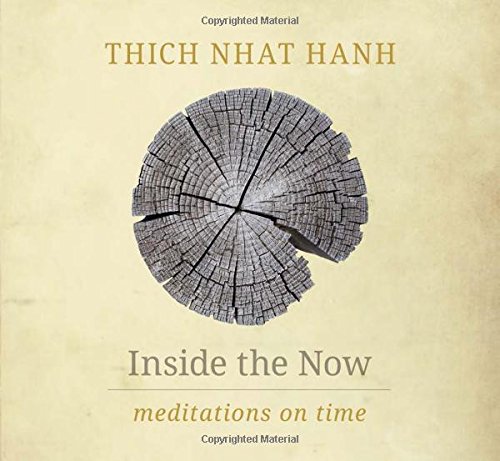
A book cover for Inside the Now: Meditations on Time; Thich Nhat Hanh; Religion & Spirituality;